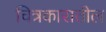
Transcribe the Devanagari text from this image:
चित्रकारातील